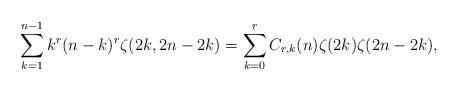
LaTeX: \begin{align*} \sum_{k=1}^{n-1} k^r(n-k)^r\zeta(2k,2n-2k)=\sum_{k=0}^{r} C_{r,k}(n) \zeta(2k)\zeta(2n-2k),\end{align*}